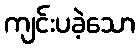
ကျင်းပခဲ့သော